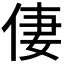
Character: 𠉯